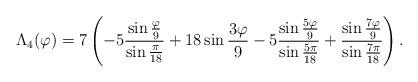
LaTeX: \begin{align*} \Lambda_4(\varphi)=7\left (-5{\sin{\varphi \over 9}\over \sin{\pi \over 18} }+18\sin{3\varphi \over 9} -5 {\sin{5\varphi \over 9} \over \sin{5\pi \over 18}}+{\sin{7\varphi \over 9} \over \sin{7\pi \over 18}}\right ).\end{align*}